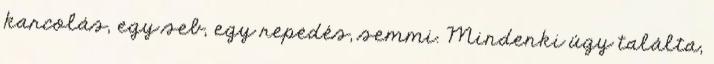
karcolás, egy seb, egy repedés, semmi. Mindenki úgy találta,